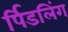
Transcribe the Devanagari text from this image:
र्पिडलिंग